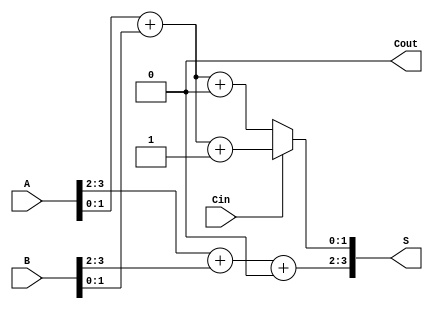
module CCSA #(parameter N = 4) (
    input  wire [N-1:0] A,      // First n-bit binary number
    input  wire [N-1:0] B,      // Second n-bit binary number
    input  wire Cin,             // Input carry
    output wire [N-1:0] S,       // n-bit binary sum
    output wire Cout             // Output carry
);

    // Intermediate wires for sums and carries
    wire [N-1:0] S0, S1;         // Sums for carry 0 and carry 1
    wire [N-1:0] C0, C1;         // Carries for carry 0 and carry 1
    wire [N/2-1:0] carry;        // Carry from each segment

    // Generate the sum and carry for each segment
    genvar i;
    generate
        for (i = 0; i < N/2; i = i + 1) begin: adder_block
            wire [1:0] A_pair = {A[2*i+1], A[2*i]};
            wire [1:0] B_pair = {B[2*i+1], B[2*i]};
            wire Cin0 = (i == 0) ? Cin : carry[i-1]; // Carry in for this segment

            // Calculate sums and carries for both carry conditions
            assign S0[2*i +: 2] = A_pair + B_pair + 2'b00; // Carry 0
            assign C0[i] = (A_pair + B_pair + 2'b00) >> 2; // Carry out for carry 0

            assign S1[2*i +: 2] = A_pair + B_pair + 2'b01; // Carry 1
            assign C1[i] = (A_pair + B_pair + 2'b01) >> 2; // Carry out for carry 1
        end
    endgenerate

    // Select the correct sum based on the carry
    generate
        for (i = 0; i < N/2; i = i + 1) begin: select_sum
            assign S[2*i +: 2] = (carry[i] == 1'b0) ? S0[2*i +: 2] : S1[2*i +: 2];
            assign carry[i] = (i == 0) ? Cin : (carry[i-1] ? C1[i-1] : C0[i-1]);
        end
    endgenerate

    // Final carry out
    assign Cout = carry[N/2 - 1] ? C1[N/2 - 1] : C0[N/2 - 1];

endmodule